Report on the cholera epidemic of
Year: 1868
Disease focus: Cholera
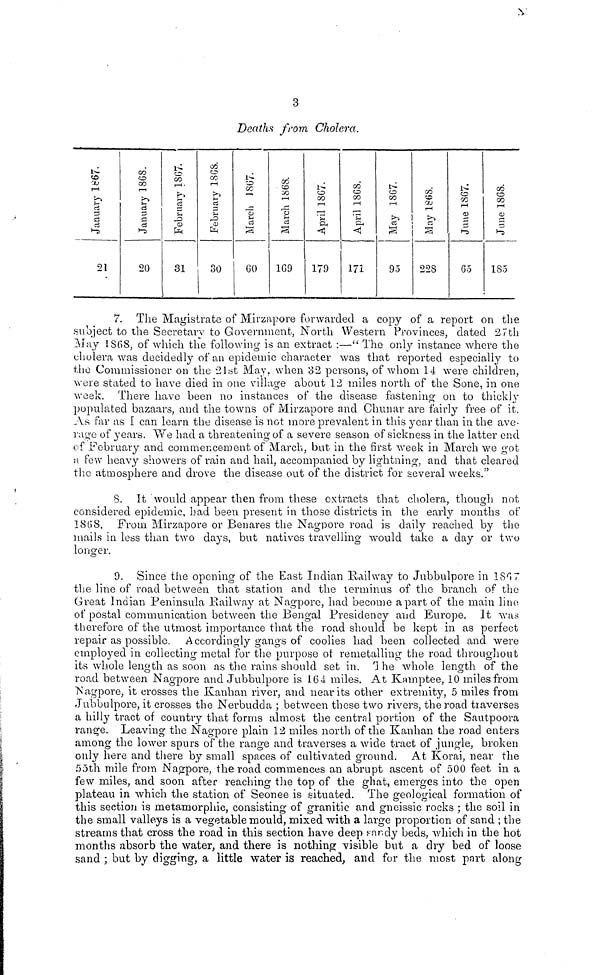
3
Deaths from Cholera.
January 1867
21
January 1868
20
January 1867PH
31
February 1867
30
March 1867
GO
CO
CO
March 1868
1G9
April 1867.
179
April 1868
171
May 1867.
95
228
June 1867.
65
June 1868.
185
7. The Magistrate of Mirzapore forwarded a copy of a report on the
subject to the Secretary to Government, North Western Provinces, dated 27th
May 1868, of which the following is an extract :—"The only instance where the
cholera was decidedly of an epidemic character was that reported especially to
the Commissioner on the 21st May. when 32 persons, of whom 14 were children,
were stated to have died in one village about 12 miles north of the Sone, in one
week. There have been no instances of the disease fastening on to thickly
populated bazaars, and the towns of Mirzapore and Chuñar are fairly free of it.
As far as I can learn the disease is not more prevalent in this year than in the ave-
rage of years. We had a threatening of a severe season of sickness in the latter end
of February and commencement of March, but in the first week in March we got
a few heavy showers of rain and hail, accompanied by lightning, and that cleared
the atmosphere and drove the disease out of the district for several weeks."
8. It would appear then from these extracts that cholera, though not
considered epidemic, had been present in those districts in the early months of
1868. From Mirzapore or Benares the Nagpore road is daily reached by the
mails in less than two days, but natives travelling would take a day or two
longer.
9. Since the opening of the East Indian Railway to Jubbulpore in 1897
the line of road between that station and the terminus of the branch of the
Great Indian Peninsula Railway at Nagpore, had become a part of the main lino
of postal communication between the Bengal Presidency and Europe. It was
therefore of the utmost importance that the road should be kept in as perfect
repair as possible. Accordingly gangs of coolies had been collected and were
employed in collecting metal for the purpose of remetalling the road throughout
its whole length as soon as the rains should set in. The whole length of the
road between Nagpore and Jubbulpore is 164 miles. At Kamptee, 10 miles from
Nagpore, it crosses the Kanhan river, and near its other extremity, 5 miles from
Jubbulpore, it crosses the Nerbudda ; between these two rivers, the road traverses
a hilly tract of country that forms almost the central portion of the Sautpoora
range. Leaving the Nagpore plain 12 miles north of the Kanhan the road enters
among the lower spurs of the range and traverses a wide tract of jungle, broken
only here and there by small spaces of cultivated ground. At Korai, near the
55th mile from Nagpore, the road commences an abrupt ascent of 500 feet in a
few miles, and soon after reaching the top of the ghat, emerges into the open
plateau in which the station of Seonee is situated. The geological formation of
this section is metamorphic, consisting of granitic and gneissic rocks ; the soil in
the small valleys is a vegetable mould, mixed with a large proportion of sand ; the
streams that cross the road in this section have deep sandy beds, which in the hot
months absorb the water, and there is nothing visible but a dry bed of loose
sand ; but by digging, a little water is reached, and for the most part along